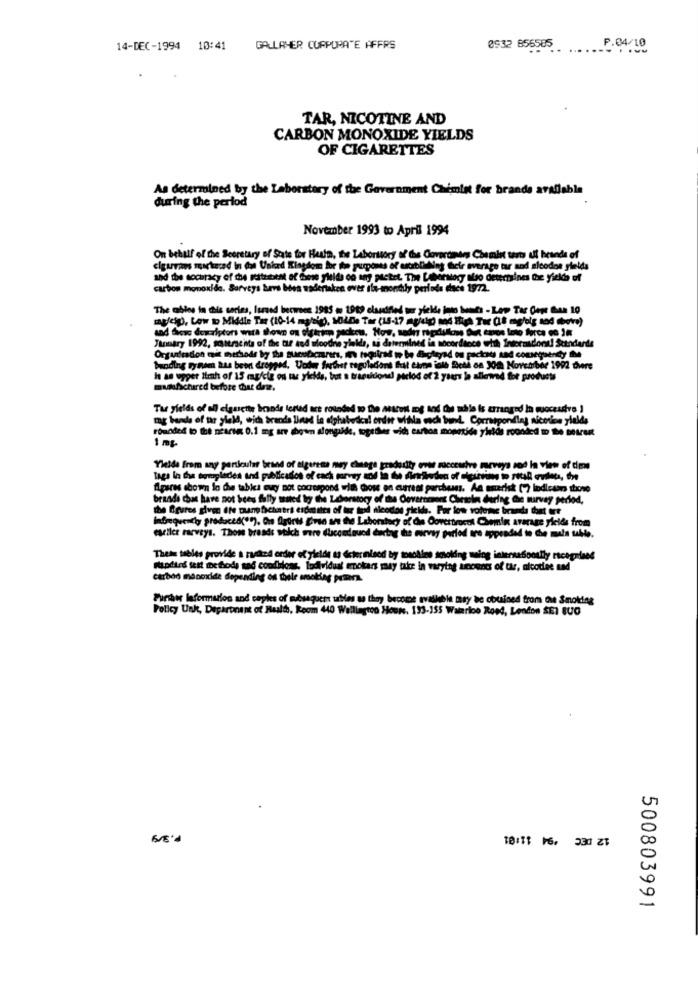
14-DEC-1994 10:41
GALLAHER CORPORATE AFFRS
0932 856585 ..
P.04.10
TAR, NICOTINE AND
CARBON MONOXIDE YIELDS
OF CIGARETTES
As determined by the Laboratory of the Government Chimin for brands available
during the period
November 1993 to April 1994
On behalf of the Secretary of State for Health, the Laboritory of the Coveromers Chemin tests ul brands of
clguris suckered In de Unked Kingdom for the purposes of establishing Geir average tar aod sicodon yields
and the socuracy of the sithbest of Giose pleide od any pactet. The Laboratory also determines Che yields of
carbon monoxide. Surveys have been wadertaken over ila-mondy periode dace 1972.
The obles in this cores, lared beowoce 1985 . 2009 clarified or pielde inte Mais - Løp Tar Come Can 10
magles), Low to Middle Ter (10-14 mg/sig), MOLDe Tar (15-17 mg/kg) and Thea Tur (18 mgfolg sod (boks)
and Siess duriptors wara shows on tiftrinn peckou, How, sade ragdolloss Out emos Into force co In
January 1992, santracita of the tuf ted moodne yieldde, ti determined in socordance with Internidont! Standards
Orguniesdion que methods by the surubczarers, in toquirad w be diglyad ou packads and consegue
banding synem has been dropped. Under further reguladont Eat eine ioth Bet on 30m November 1992 chiere
h as upper Itmh of 15 mg/ciz on tas yields, tot a transitiond pelod of 2 years la allerred for products
madufichared before that date.
Tas yields of all cigarette brands lerted are rounded to the Atroil mg and du uthle is arranged In quocesdve ]
mag bands of tar yield, wich brands lheund in alphabetical order wina och bund. Correspondlej nicorion yields
tomóded to the nearun 0.1 mg are shown alongakde, together sid carton mopride ykids roonded to be Betrei
Yields from any particular brand of sigeresa may change gradodity evet successive meveya sod In view of dms
Alperes shown lo che tables eugy not cocrespond with chose en eurrest perchess. An asterisk [7 indicano those
brande chas have not bees fully mited by the Licherstory of the Covercomers Chewein during Che wirvay period,
the Ogures given ite taan fichatrs espmitts of tur tod dicodos fields. For low volume brands dont ert
Infrequento produced(""). On Agirls Irse set the Laboratory of die Oovettirenk Chemin average yields from
earlier rarveys. Those breads which were ducondoued during the muevey period are appended to Che mals uuble.
Thets tables provide a rushed order of yleide as dcter nisod by toaddins smoking ming internadoottiy recognised
Fandtes fest ie fods sad conditions, lodividual mokers may take in varying unoends of tar, nicodiee und
carbon monoxide depending on thele smoking pran.
Further laformation and copies of subsequent urbies as they become available mary be obuined from Cie Smoking
Policy Unk, Department of Realt, Room 440 Wellington Hours. 133-155 Waterloo Rond, London SE1 SUO
10:11 16. 530 ZT
500803991